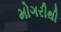
મોગરીથી